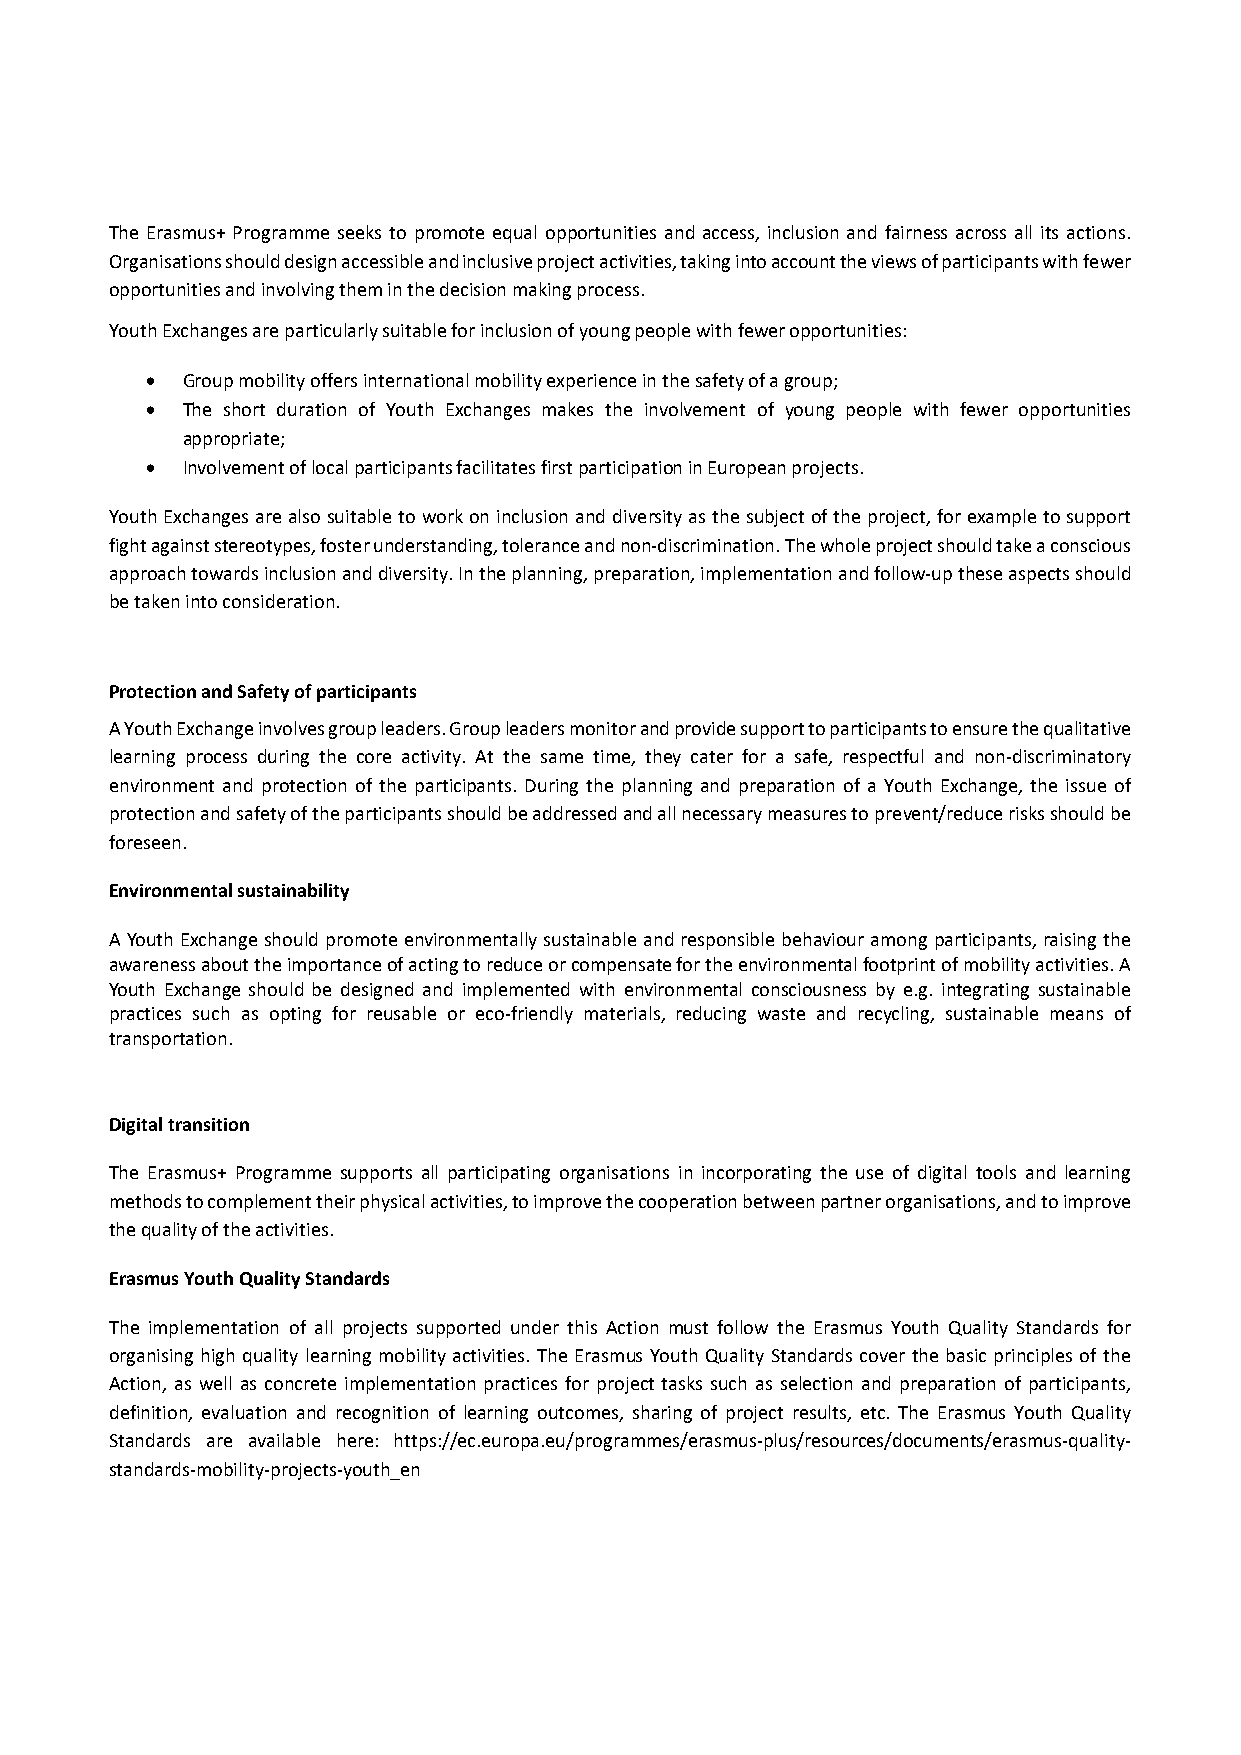
The Erasmus+ Programme seeks to promote equal opportunities and access, inclusion and fairness across all its actions.
 Organisations should design accessible and inclusive project activities, taking into account the views of participants with fewer
 opportunities and involving them in the decision making process.
 Youth Exchanges are particularly suitable for inclusion of young people with fewer opportunities:
  Group mobility offers international mobility experience in the safety of a group;
  The short duration of Youth Exchanges makes the involvement of young people with fewer opportunities
 appropriate;
  Involvement of local participants facilitates first participation in European projects.
 Youth Exchanges are also suitable to work on inclusion and diversity as the subject of the project, for example to support
 fight against stereotypes, foster understanding, tolerance and non‐discrimination. The whole project should take a conscious
 approach towards inclusion and diversity. In the planning, preparation, implementation and follow‐up these aspects should
 be taken into consideration.
 Protection and Safety of participants
 A Youth Exchange involves group leaders. Group leaders monitor and provide support to participants to ensure the qualitative
 learning process during the core activity. At the same time, they cater for a safe, respectful and non‐discriminatory
 environment and protection of the participants. During the planning and preparation of a Youth Exchange, the issue of
 protection and safety of the participants should be addressed and all necessary measures to prevent/reduce risks should be
 foreseen.
 Environmental sustainability
 A Youth Exchange should promote environmentally sustainable and responsible behaviour among participants, raising the
 awareness about the importance of acting to reduce or compensate for the environmental footprint of mobility activities. A
 Youth Exchange should be designed and implemented with environmental consciousness by e.g. integrating sustainable
 practices such as opting for reusable or eco‐friendly materials, reducing waste and recycling, sustainable means of
 transportation.
 Digital transition
 The Erasmus+ Programme supports all participating organisations in incorporating the use of digital tools and learning
 methods to complement their physical activities, to improve the cooperation between partner organisations, and to improve
 the quality of the activities.
 Erasmus Youth Quality Standards
 The implementation of all projects supported under this Action must follow the Erasmus Youth Quality Standards for
 organising high quality learning mobility activities. The Erasmus Youth Quality Standards cover the basic principles of the
 Action, as well as concrete implementation practices for project tasks such as selection and preparation of participants,
 definition, evaluation and recognition of learning outcomes, sharing of project results, etc. The Erasmus Youth Quality
 Standards are available here: https://ec.europa.eu/programmes/erasmus‐plus/resources/documents/erasmus‐quality‐
 standards‐mobility‐projects‐youth_en